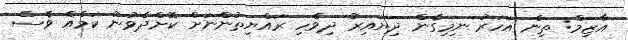
އާޒިމް: ތިން އަހަރު ނިމިގެން ދިޔައިރު ދިވެހި ރައްޔިތުންނަށް ކޮށްދެވުނު ކަމެއް ވެސް